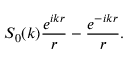
S _ { 0 } ( k ) \frac { e ^ { i k r } } { r } - \frac { e ^ { - i k r } } { r } .